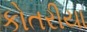
કોતરીયા